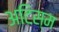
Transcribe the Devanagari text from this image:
अटिस्म